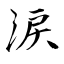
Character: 涙